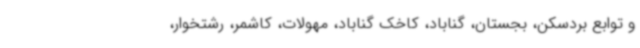
و توابع بردسکن، بجستان، گناباد، کاخک گناباد، مهولات، کاشمر، رشتخوار،